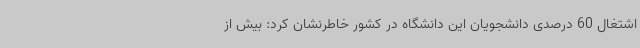
اشتغال 60 درصدی دانشجویان این دانشگاه در کشور خاطرنشان کرد: بیش از